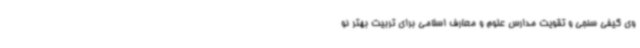
وی کیفی سنجی و تقویت مدارس علوم و معارف اسلامی برای تربیت بهتر نو